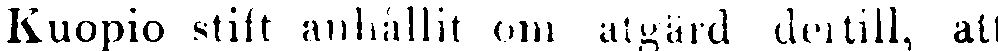
Kuopio stift anhållit om åtgärd dertill, att